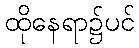
ထိုနေရာ၌ပင်